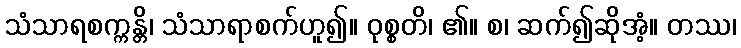
သံသာရစက္ကန္တိ၊ သံသာရာစက်ဟူ၍။ ဝုစ္စတိ၊ ၏။ စ၊ ဆက်၍ဆိုအံ့။ တဿ၊